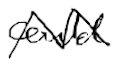
Text: could
Cross-out: zig-zag
Writing tool: digital_black